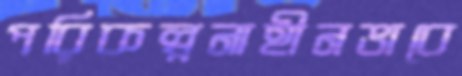
পরিকল্পনাহীনভাবে